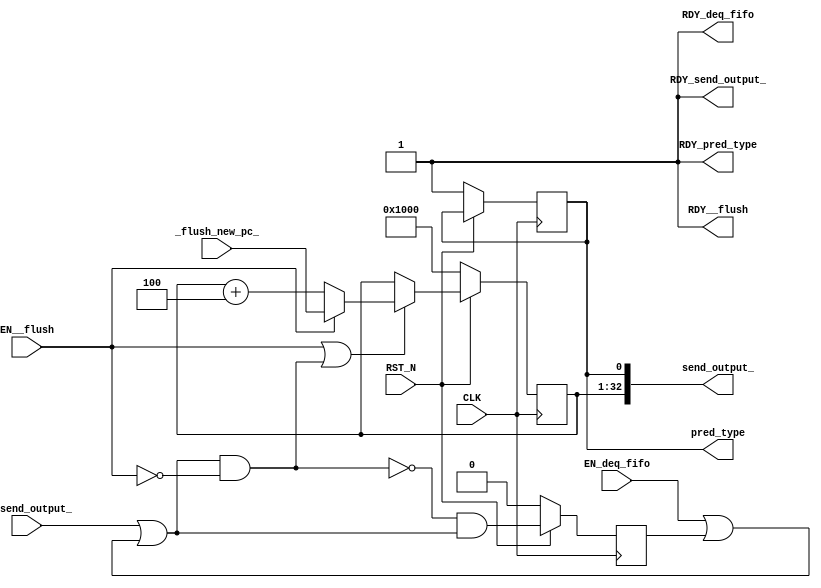
//
// Generated by Bluespec Compiler, version 2016.07.beta1 (build 34806, 2016-07-05)
//
// On Tue Mar 28 10:39:12 IST 2017
//
//
// Ports:
// Name                         I/O  size props
// send_output_                   O    33 reg
// RDY_send_output_               O     1 const
// RDY_deq_fifo                   O     1 const
// RDY__flush                     O     1 const
// pred_type                      O     1 reg
// RDY_pred_type                  O     1 const
// CLK                            I     1 clock
// RST_N                          I     1 reset
// _flush_new_pc_                 I    32
// EN_deq_fifo                    I     1
// EN__flush                      I     1
// EN_send_output_                I     1
//
// No combinational paths from inputs to outputs
//
//

`ifdef BSV_ASSIGNMENT_DELAY
`else
  `define BSV_ASSIGNMENT_DELAY
`endif

`ifdef BSV_POSITIVE_RESET
  `define BSV_RESET_VALUE 1'b1
  `define BSV_RESET_EDGE posedge
`else
  `define BSV_RESET_VALUE 1'b0
  `define BSV_RESET_EDGE negedge
`endif

module mkbpu_bimodal(CLK,
		     RST_N,

		     EN_send_output_,
		     send_output_,
		     RDY_send_output_,

		     EN_deq_fifo,
		     RDY_deq_fifo,

		     _flush_new_pc_,
		     EN__flush,
		     RDY__flush,

		     pred_type,
		     RDY_pred_type);
  input  CLK;
  input  RST_N;

  // actionvalue method send_output_
  input  EN_send_output_;
  output [32 : 0] send_output_;
  output RDY_send_output_;

  // action method deq_fifo
  input  EN_deq_fifo;
  output RDY_deq_fifo;

  // action method _flush
  input  [31 : 0] _flush_new_pc_;
  input  EN__flush;
  output RDY__flush;

  // value method pred_type
  output pred_type;
  output RDY_pred_type;

  // signals for module outputs
  wire [32 : 0] send_output_;
  wire RDY__flush, RDY_deq_fifo, RDY_pred_type, RDY_send_output_, pred_type;

  // inlined wires
  wire wr_fire_me$port1__read, wr_fire_me$port2__read, wr_fire_me$port3__read;

  // register rg_current_prediction
  reg rg_current_prediction;
  wire rg_current_prediction$D_IN, rg_current_prediction$EN;

  // register rg_currentpc_
  reg [31 : 0] rg_currentpc_;
  wire [31 : 0] rg_currentpc_$D_IN;
  wire rg_currentpc_$EN;

  // register wr_fire_me
  reg wr_fire_me;
  wire wr_fire_me$D_IN, wr_fire_me$EN;

  // rule scheduling signals
  wire CAN_FIRE_RL_flush_old_pc,
       CAN_FIRE_RL_increment_pc,
       CAN_FIRE__flush,
       CAN_FIRE_deq_fifo,
       CAN_FIRE_send_output_,
       WILL_FIRE_RL_flush_old_pc,
       WILL_FIRE_RL_increment_pc,
       WILL_FIRE__flush,
       WILL_FIRE_deq_fifo,
       WILL_FIRE_send_output_;

  // inputs to muxes for submodule ports
  wire [31 : 0] MUX_rg_currentpc_$write_1__VAL_1,
		MUX_rg_currentpc_$write_1__VAL_2;

  // actionvalue method send_output_
  assign send_output_ = { rg_currentpc_, rg_current_prediction } ;
  assign RDY_send_output_ = 1'd1 ;
  assign CAN_FIRE_send_output_ = 1'd1 ;
  assign WILL_FIRE_send_output_ = EN_send_output_ ;

  // action method deq_fifo
  assign RDY_deq_fifo = 1'd1 ;
  assign CAN_FIRE_deq_fifo = 1'd1 ;
  assign WILL_FIRE_deq_fifo = EN_deq_fifo ;

  // action method _flush
  assign RDY__flush = 1'd1 ;
  assign CAN_FIRE__flush = 1'd1 ;
  assign WILL_FIRE__flush = EN__flush ;

  // value method pred_type
  assign pred_type = rg_current_prediction ;
  assign RDY_pred_type = 1'd1 ;

  // rule RL_flush_old_pc
  assign CAN_FIRE_RL_flush_old_pc = EN__flush ;
  assign WILL_FIRE_RL_flush_old_pc = EN__flush ;

  // rule RL_increment_pc
  assign CAN_FIRE_RL_increment_pc = wr_fire_me$port2__read && !EN__flush ;
  assign WILL_FIRE_RL_increment_pc = CAN_FIRE_RL_increment_pc ;

  // inputs to muxes for submodule ports
  assign MUX_rg_currentpc_$write_1__VAL_1 =
	     EN__flush ? _flush_new_pc_ : 32'd0 ;
  assign MUX_rg_currentpc_$write_1__VAL_2 = rg_currentpc_ + 32'd4 ;

  // inlined wires
  assign wr_fire_me$port1__read = EN_deq_fifo || wr_fire_me ;
  assign wr_fire_me$port2__read = EN_send_output_ || wr_fire_me$port1__read ;
  assign wr_fire_me$port3__read =
	     !CAN_FIRE_RL_increment_pc && wr_fire_me$port2__read ;

  // register rg_current_prediction
  assign rg_current_prediction$D_IN = 1'b0 ;
  assign rg_current_prediction$EN = 1'b0 ;

  // register rg_currentpc_
  assign rg_currentpc_$D_IN =
	     EN__flush ?
	       MUX_rg_currentpc_$write_1__VAL_1 :
	       MUX_rg_currentpc_$write_1__VAL_2 ;
  assign rg_currentpc_$EN = EN__flush || WILL_FIRE_RL_increment_pc ;

  // register wr_fire_me
  assign wr_fire_me$D_IN = wr_fire_me$port3__read ;
  assign wr_fire_me$EN = 1'b1 ;

  // handling of inlined registers

  always@(posedge CLK)
  begin
    if (RST_N == `BSV_RESET_VALUE)
      begin
        rg_current_prediction <= `BSV_ASSIGNMENT_DELAY 1'd1;
	rg_currentpc_ <= `BSV_ASSIGNMENT_DELAY 32'h00001000;
	wr_fire_me <= `BSV_ASSIGNMENT_DELAY 1'd0;
      end
    else
      begin
        if (rg_current_prediction$EN)
	  rg_current_prediction <= `BSV_ASSIGNMENT_DELAY
	      rg_current_prediction$D_IN;
	if (rg_currentpc_$EN)
	  rg_currentpc_ <= `BSV_ASSIGNMENT_DELAY rg_currentpc_$D_IN;
	if (wr_fire_me$EN)
	  wr_fire_me <= `BSV_ASSIGNMENT_DELAY wr_fire_me$D_IN;
      end
  end

  // synopsys translate_off
  `ifdef BSV_NO_INITIAL_BLOCKS
  `else // not BSV_NO_INITIAL_BLOCKS
  initial
  begin
    rg_current_prediction = 1'h0;
    rg_currentpc_ = 32'hAAAAAAAA;
    wr_fire_me = 1'h0;
  end
  `endif // BSV_NO_INITIAL_BLOCKS
  // synopsys translate_on
endmodule  // mkbpu_bimodal